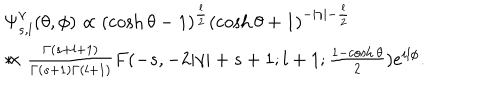
LaTeX: \begin{array} { l } { { \Psi _ { s , l } ^ { \gamma } ( \theta , \phi ) \propto ( \cosh \theta - 1 ) ^ { \frac { l } { 2 } } ( \cosh \theta + 1 ) ^ { - | \gamma | - \frac { l } { 2 } } } } \\ { { * \hspace { 2 c m } \times \frac { \Gamma ( s + l + 1 ) } { \Gamma ( s + 1 ) \Gamma ( l + 1 ) } F ( - s , - 2 | \gamma | + s + 1 ; l + 1 ; \frac { 1 - \cosh \theta } { 2 } ) e ^ { i l \phi } . } } \\ \end{array}